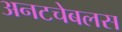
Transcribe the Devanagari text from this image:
अनटचेबलस